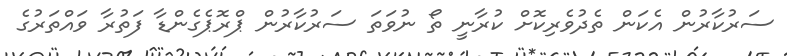
ސަރުކާރުން އެކަން ތެދުވެރިކޮށް ކުރާނީ ތޯ ނުވަތަ ސަރުކާރުން ޕްރޮޕެގެންޑާ ފަތުރާ ވައްތަރުގެ